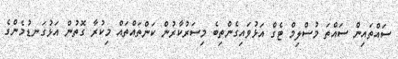
ސައްތައިން ސައްތަ މުސްލިމް ޓެގް އަޅުވައިގެންތިބެ މިސަރުކާރުން ކަންތައްތައް މިކުރާ ގޮތުން އަޅުގަނޑުމެންގެ